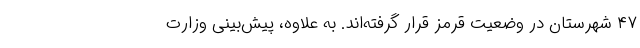
۴۷ شهرستان در وضعیت قرمز قرار گرفته‌اند. به علاوه، پیش‌بینی وزارت